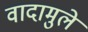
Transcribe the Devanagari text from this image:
वादामुले